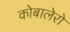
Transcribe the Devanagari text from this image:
कोबालेरो